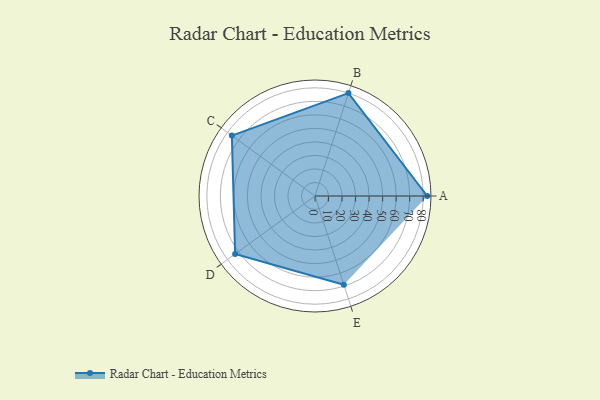
{"axis": {"x": "Skill", "y": "Score"}, "legend": ["Profile"], "data": [{"x": "A", "y": 83.0, "type": "Profile"}, {"x": "B", "y": 80.0, "type": "Profile"}, {"x": "C", "y": 76.0, "type": "Profile"}, {"x": "D", "y": 73.0, "type": "Profile"}, {"x": "E", "y": 69.0, "type": "Profile"}]}